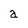
Character: a